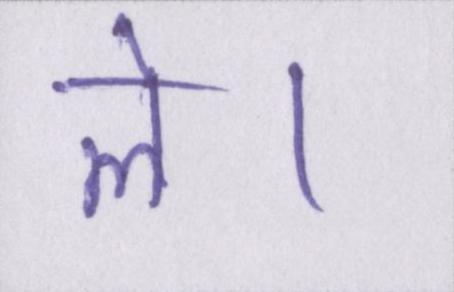
ले।